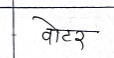
मजकूर: वोटर